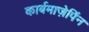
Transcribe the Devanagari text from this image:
कार्बमाज़ेपिंन